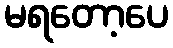
မရတော့ပေ